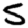
Digit: 5